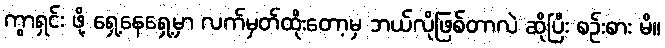
ကွာရှင်း ဖို့ ရှေ့နေရှေ့မှာ လက်မှတ်ထိုးတော့မှ ဘယ်လိုဖြစ်တာလဲ ဆိုပြီး စဉ်းစား မိ။